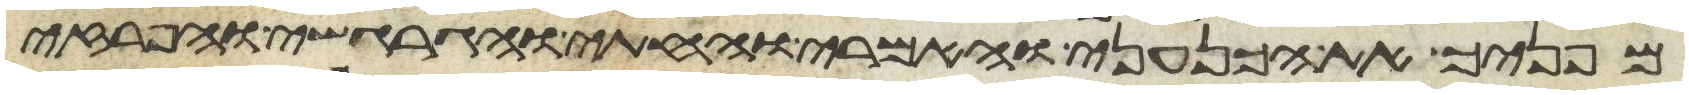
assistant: מפניך את הכנעני והאמרי והחתי והגרגשי והפרזי